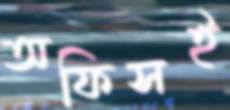
অফিসই